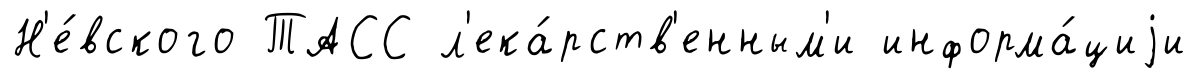
Н'е́вского ТАСС л'ека́рств'енным'и информа́циjи